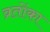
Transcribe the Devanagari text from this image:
व्रतोंका